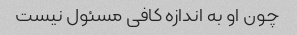
چون او به اندازه کافی مسئول نیست